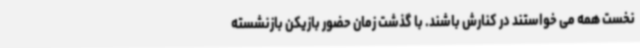
نخست همه می خواستند در کنارش باشند. با گذشت زمان حضور بازیکن بازنشسته